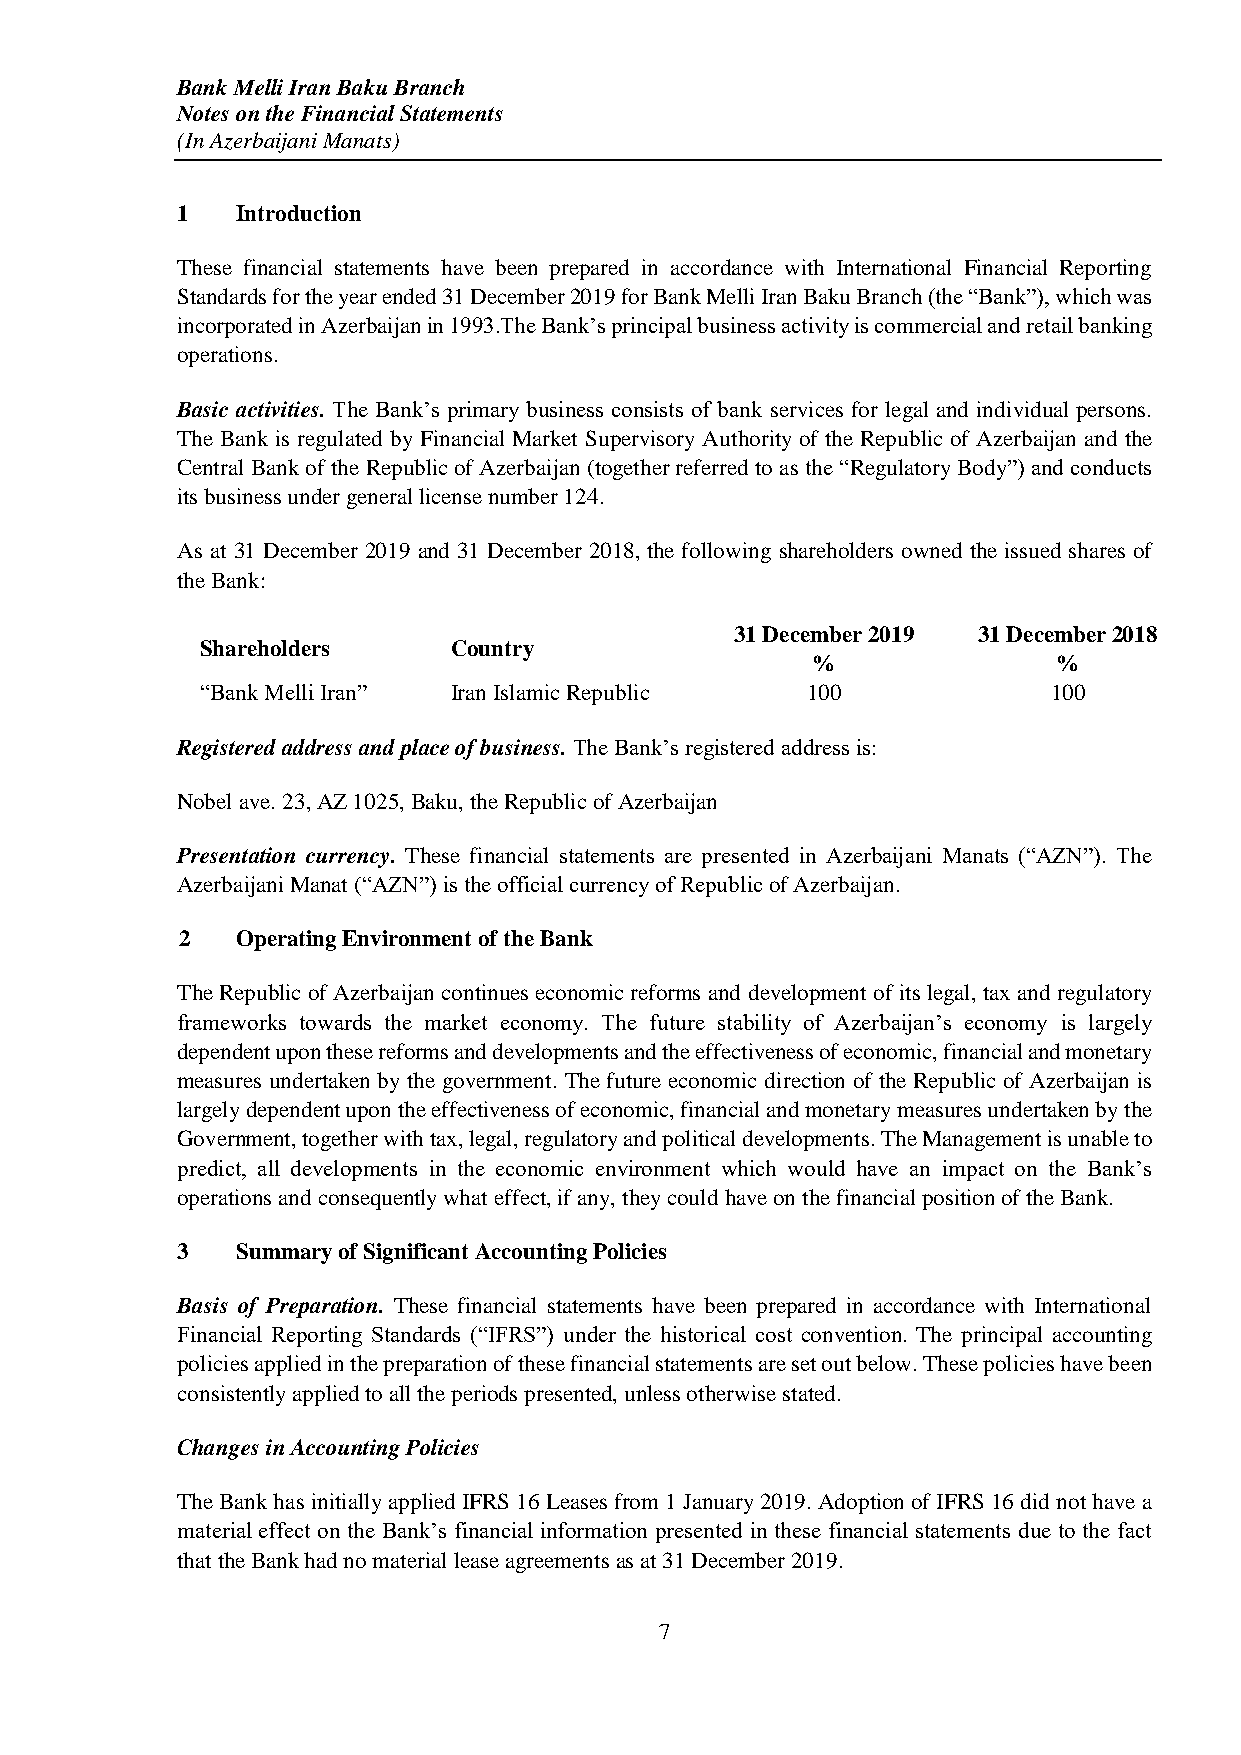
Bank Melli Iran Baku Branch
 Notes on the Financial Statements
 (In Azerbaijani Manats)
 1   Introduction
 These financial statements have been prepared in accordance with International Financial Reporting
 Standards for the year ended 31 December 2019 for Bank Melli Iran Baku Branch (the “Bank”), which was
 incorporated in Azerbaijan in 1993.The Bank’s principal business activity is commercial and retail banking
 operations.
 Basic activities. The Bank’s primary business consists of bank services for legal and individual persons.
 The Bank is regulated by Financial Market Supervisory Authority of the Republic of Azerbaijan and the
 Central Bank of the Republic of Azerbaijan (together referred to as the “Regulatory Body”) and conducts
 its business under general license number 124.
 As at 31 December 2019 and 31 December 2018, the following shareholders owned the issued shares of
 the Bank:
 31 December 2019 31 December 2018
 Shareholders     Country
 %               %
 “Bank Melli Iran” Iran Islamic Republic 100              100
 Registered address and place of business. The Bank’s registered address is:
 Nobel ave. 23, AZ 1025, Baku, the Republic of Azerbaijan
 Presentation currency. These financial statements are presented in Azerbaijani Manats (“AZN”). The
 Azerbaijani Manat (“AZN”) is the official currency of Republic of Azerbaijan.
 2   Operating Environment of the Bank
 The Republic of Azerbaijan continues economic reforms and development of its legal, tax and regulatory
 frameworks towards the market economy. The future stability of Azerbaijan’s economy is largely
 dependent upon these reforms and developments and the effectiveness of economic, financial and monetary
 measures undertaken by the government. The future economic direction of the Republic of Azerbaijan is
 largely dependent upon the effectiveness of economic, financial and monetary measures undertaken by the
 Government, together with tax, legal, regulatory and political developments. The Management is unable to
 predict, all developments in the economic environment which would have an impact on the Bank’s
 operations and consequently what effect, if any, they could have on the financial position of the Bank.
 3   Summary of Significant Accounting Policies
 Basis of Preparation. These financial statements have been prepared in accordance with International
 Financial Reporting Standards (“IFRS”) under the historical cost convention. The principal accounting
 policies applied in the preparation of these financial statements are set out below. These policies have been
 consistently applied to all the periods presented, unless otherwise stated.
 Changes in Accounting Policies
 The Bank has initially applied IFRS 16 Leases from 1 January 2019. Adoption of IFRS 16 did not have a
 material effect on the Bank’s financial information presented in these financial statements due to the fact
 that the Bank had no material lease agreements as at 31 December 2019.
 7